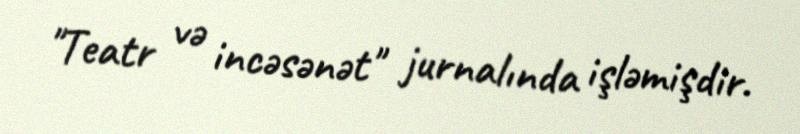
"Teatr və incəsənət" jurnalında işləmişdir.